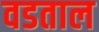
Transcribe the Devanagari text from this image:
वडताल